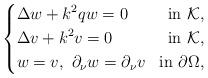
LaTeX: \begin{align*} \left\{ \begin{aligned} &\Delta w+k^2qw=0 &\mathrm {in}\ \mathcal K,\\ &\Delta v+k^2 v=0 &\mathrm {in}\ \mathcal K,\\ &w=v,\ \partial_{\nu}w=\partial_{\nu}v&\mathrm{in} \ \partial \Omega, \end{aligned} \right. \end{align*}